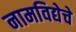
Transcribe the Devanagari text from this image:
नामविद्येचे